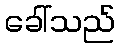
ခေါ်သည်